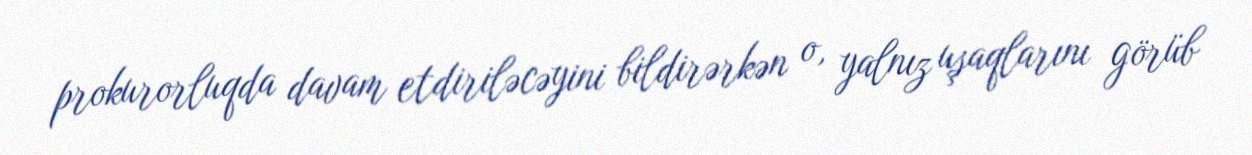
prokurorluqda davam etdiriləcəyini bildirərkən o, yalnız uşaqlarını görüb